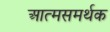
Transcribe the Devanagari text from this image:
आत्मसमर्थक